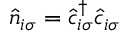
\hat { n } _ { i \sigma } = \hat { c } _ { i \sigma } ^ { \dagger } \hat { c } _ { i \sigma }